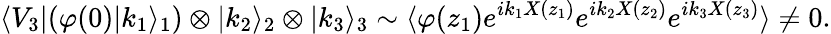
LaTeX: \langle V_{3}|(\varphi(0)|k_{1}\rangle_{1})\otimes|k_{2}\rangle_{2}\otimes|k_{3}\rangle_{3}\sim\langle\varphi(z_{1})e^{ik_{1}X(z_{1})}e^{ik_{2}X(z_{2})}e^{ik_{3}X(z_{3})}\rangle\neq 0.